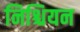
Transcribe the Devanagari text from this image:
निश्चियन